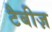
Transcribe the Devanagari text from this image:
टैबीज़